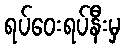
ရပ်ဝေးရပ်နီးမှ